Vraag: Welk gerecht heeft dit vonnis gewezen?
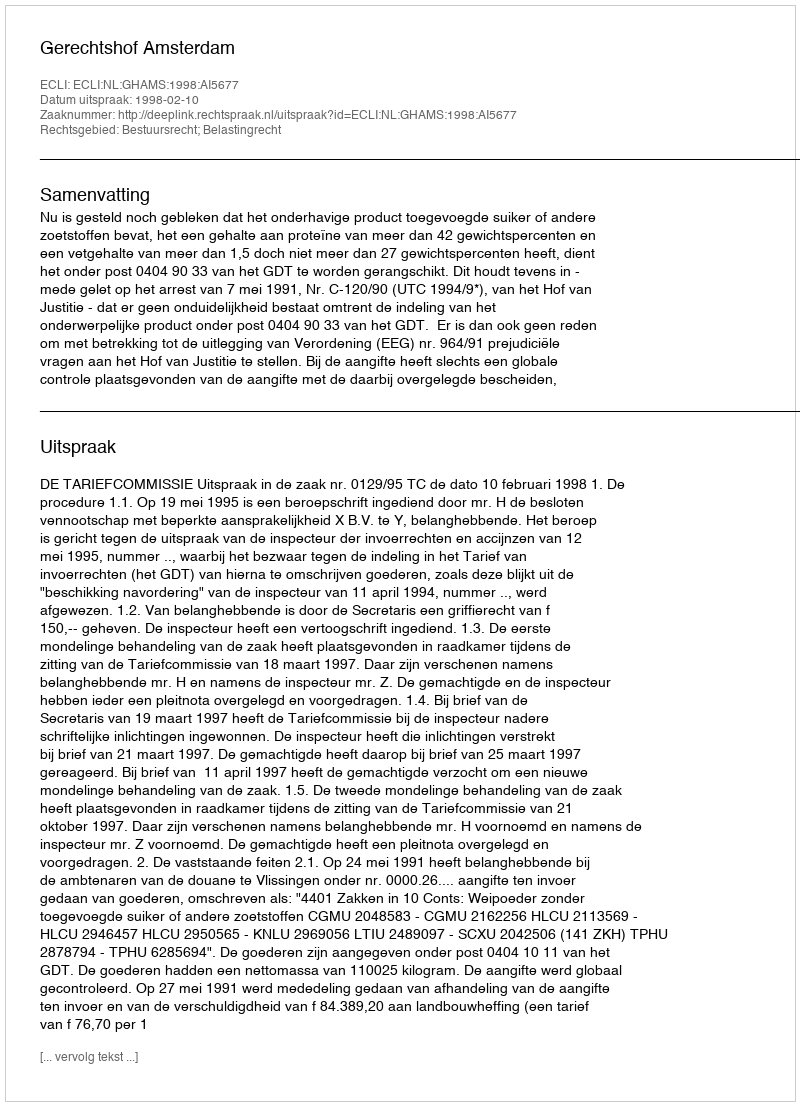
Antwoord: Gerechtshof Amsterdam